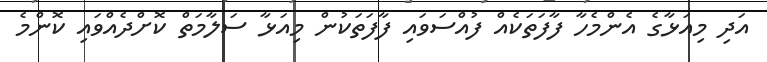
އަދި މިއަޅާގެ އެންމެހާ ފާފަތަކެއް ފުއްސަވައި ފާފަތަކުން މިއަޅާ ސަލާމަތް ކޮށްދެއްވައި ކޮންމެ